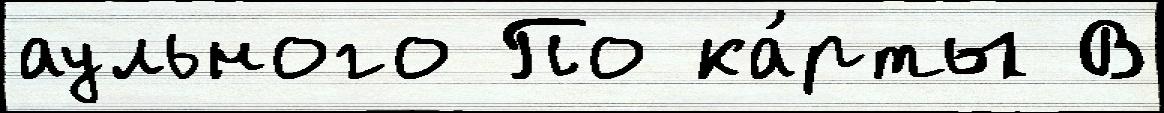
аульного По ка́рты В